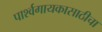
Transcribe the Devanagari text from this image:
पार्श्वगायकासाठीचा